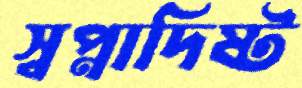
স্বপ্নাদিষ্ট